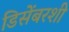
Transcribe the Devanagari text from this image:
डिसेंबरशी